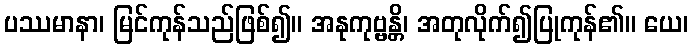
ပဿမာနာ၊ မြင်ကုန်သည်ဖြစ်၍။ အနုကုဗ္ဗန္တိ၊ အတုလိုက်၍ပြုကုန်၏။ ယေ၊